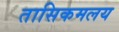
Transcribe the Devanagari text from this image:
तासिकमलय